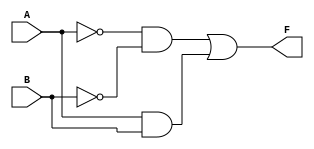
module two_variable_kmap (
    input wire A,  // Input A
    input wire B,  // Input B
    output wire F  // Output F
);

// Define the K-map logic
// The output F is defined based on the values in the K-map
// For example, let's say we want F = A'B' + AB (cells f(0,0) and f(1,1) are filled with 1s)
assign F = (~A & ~B) | (A & B);  // F = A'B' + AB

endmodule